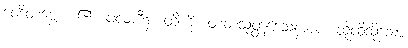
ဝေဒိတဗ္ဗော၊ ၏။ ဖလာဒီနံ၊ တို့ကို။ တံတံသုတ္တဒေသနာယ၊ ထိုထိုသို့သော